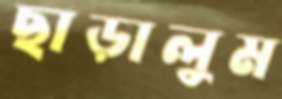
ছাড়ালুম